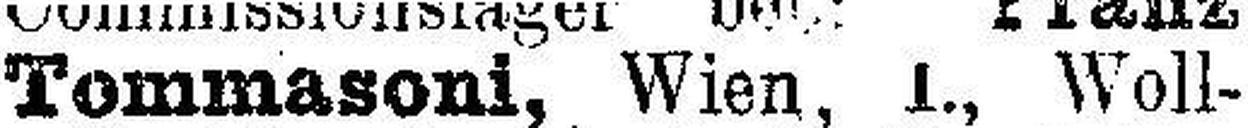
Tommasoni, Wien, 1., Woll¬